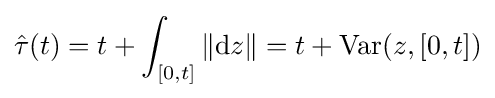
{\hat {\tau }}(t)=t+\int _{[0,t]}\|\mathrm {d} z\|=t+\mathrm {Var} (z,[0,t])